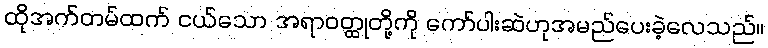
ထိုအက်တမ်ထက် ငယ်သော အရာဝတ္ထုတို့ကို ကော်ပါးဆဲဟုအမည်ပေးခဲ့လေသည်။